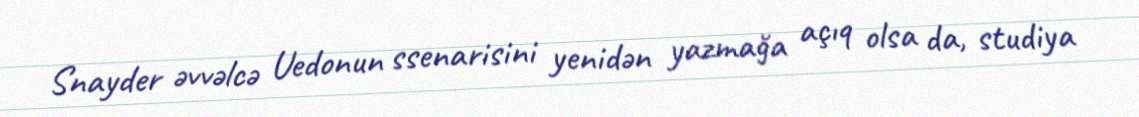
Snayder əvvəlcə Uedonun ssenarisini yenidən yazmağa açıq olsa da, studiya